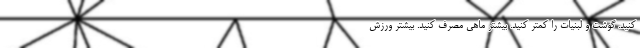
کنید. گوشت و لبنیات را کمتر کنید. بیشتر ماهی مصرف کنید. بیشتر ورزش